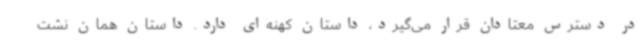
در دسترس معتادان قرار می‌گیرد، داستان کهنه‌ای دارد. داستان همان نشت